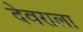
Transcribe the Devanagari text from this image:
देवराला